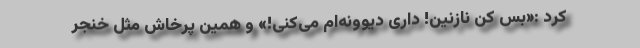
کرد :«بس کن نازنین! داری دیوونه‌ام می‌کنی!» و همین پرخاش مثل خنجر